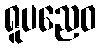
ရူပညေဝ